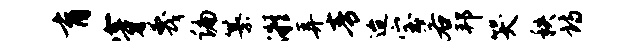
育穿蔑编纂凝弄青迨宝若邦哭秩诗